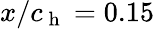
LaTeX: x/c_{\mathrm{~h~}}=0.15